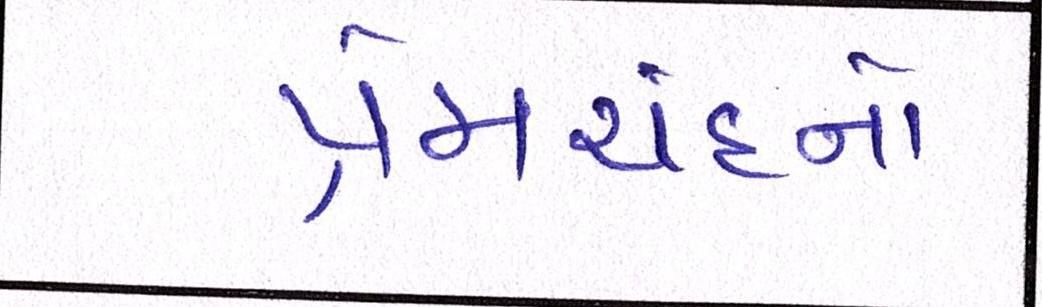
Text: પ્રેમચંદનો